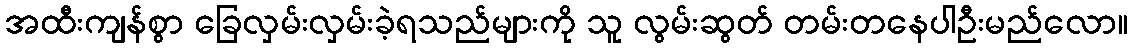
အထီးကျန်စွာ ခြေလှမ်းလှမ်းခဲ့ရသည်များကို သူ လွမ်းဆွတ် တမ်းတနေပါဦးမည်လော။